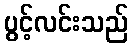
ပွင့်လင်းသည်